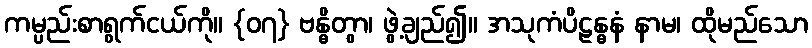
ကမ္ပည်းစာရွက်ငယ်ကို။ {၀၇} ဗန္ဓိတွာ၊ ဖွဲ့ချည်၍။ အသုကံပိဠန္ဓနံ နာမ၊ ထိုမည်သော